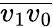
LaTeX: {\overline{{v_{1}v_{0}}}}